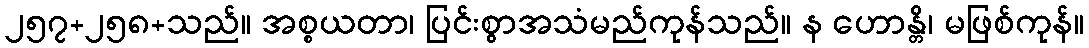
၂၅၇+၂၅၈+သည်။ အစ္စယတာ၊ ပြင်းစွာအသံမည်ကုန်သည်။ န ဟောန္တိ၊ မဖြစ်ကုန်။